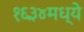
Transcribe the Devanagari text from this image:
१६३४मध्ये